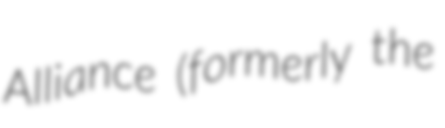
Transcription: Alliance (formerly the